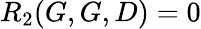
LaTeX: R_{2}(G,G,D)=0